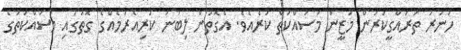
ހުނަރު ތަރައްގީކުރަން މަޒީން މަސައްކަތް ކުރެއެވެ. އެގޮތުން ލިބުނު ކުރިއެރުމެއްގެ ގޮތުގައި މަސައްކަތުގެ